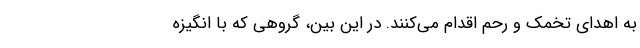
به اهدای تخمک و رحم اقدام می‌کنند. در این بین، گروهی که با انگیزه